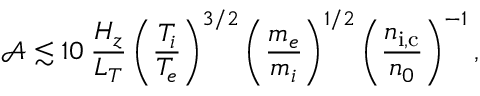
\mathcal { A } \lesssim 1 0 \: \frac { H _ { z } } { L _ { T } } \left( \frac { T _ { i } } { T _ { e } } \right) ^ { 3 / 2 } \left( \frac { m _ { e } } { m _ { i } } \right) ^ { 1 / 2 } \left( \frac { n _ { \mathrm { i , c } } } { n _ { 0 } } \right) ^ { - 1 } ,